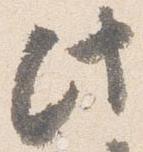
此